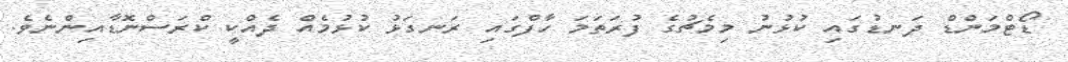
ޑޯޓްމަންޑް ދަނޑުގައި ކުޅުނު މިމެޗުގެ ފުރަތަމަ ހާފްގައި ރަނގަޅު ކުޅުމެއް ދެއްކީ ކްރަސްނޮޑާއިންނެވެ.